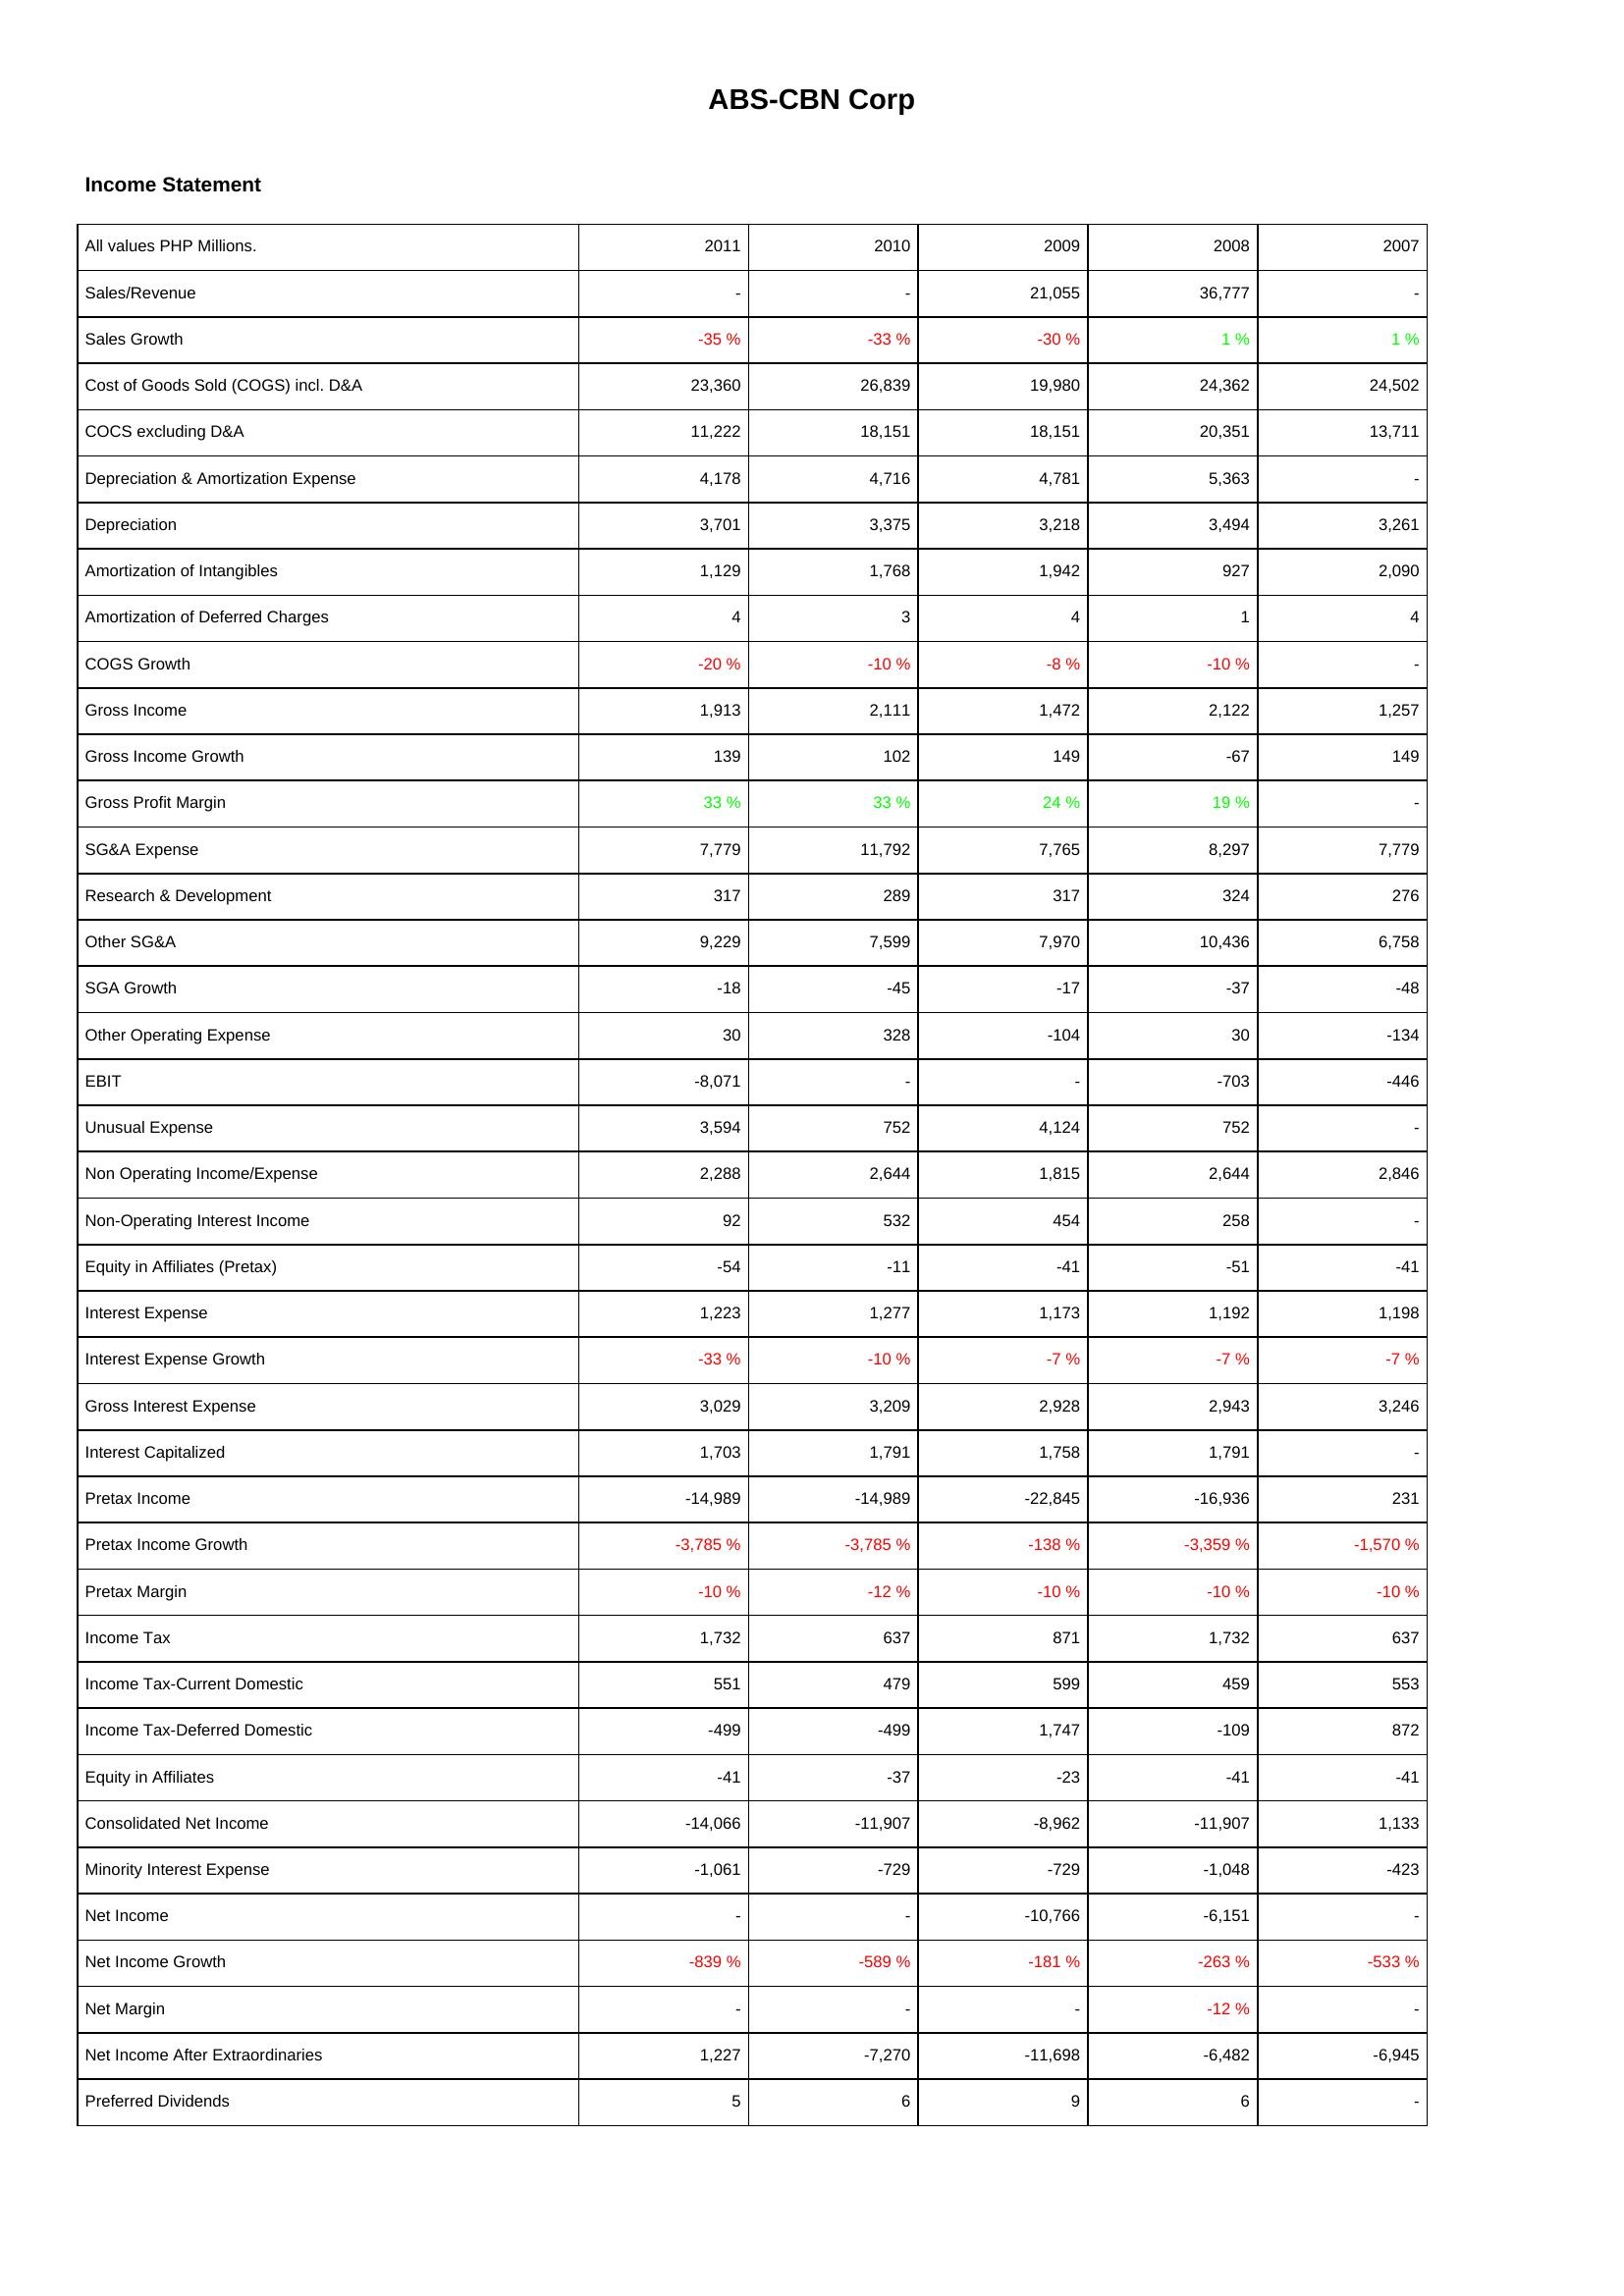
2011: Income Statement: Sales/Revenue: -
Sales Growth: -35 %
Cost of Goods Sold (COGS) incl. D&A: 23,360
COCS excluding D&A: 11,222
Depreciation & Amortization Expense: 4,178
Depreciation: 3,701
Amortization of Intangibles: 1,129
Amortization of Deferred Charges: 4
COGS Growth: -20 %
Gross Income: 1,913
Gross Income Growth: 139
Gross Profit Margin: 33 %
SG&A Expense: 7,779
Research & Development: 317
Other SG&A: 9,229
SGA Growth: -18
Other Operating Expense: 30
EBIT: -8,071
Unusual Expense: 3,594
Non Operating Income/Expense: 2,288
Non-Operating Interest Income: 92
Equity in Affiliates (Pretax): -54
Interest Expense: 1,223
Interest Expense Growth: -33 %
Gross Interest Expense: 3,029
Interest Capitalized: 1,703
Pretax Income: -14,989
Pretax Income Growth: -3,785 %
Pretax Margin: -10 %
Income Tax: 1,732
Income Tax-Current Domestic: 551
Income Tax-Deferred Domestic: -499
Equity in Affiliates: -41
Consolidated Net Income: -14,066
Minority Interest Expense: -1,061
Net Income: -
Net Income Growth: -839 %
Net Margin: -
Net Income After Extraordinaries: 1,227
Preferred Dividends: 5
2010: Income Statement: Sales/Revenue: -
Sales Growth: -33 %
Cost of Goods Sold (COGS) incl. D&A: 26,839
COCS excluding D&A: 18,151
Depreciation & Amortization Expense: 4,716
Depreciation: 3,375
Amortization of Intangibles: 1,768
Amortization of Deferred Charges: 3
COGS Growth: -10 %
Gross Income: 2,111
Gross Income Growth: 102
Gross Profit Margin: 33 %
SG&A Expense: 11,792
Research & Development: 289
Other SG&A: 7,599
SGA Growth: -45
Other Operating Expense: 328
EBIT: -
Unusual Expense: 752
Non Operating Income/Expense: 2,644
Non-Operating Interest Income: 532
Equity in Affiliates (Pretax): -11
Interest Expense: 1,277
Interest Expense Growth: -10 %
Gross Interest Expense: 3,209
Interest Capitalized: 1,791
Pretax Income: -14,989
Pretax Income Growth: -3,785 %
Pretax Margin: -12 %
Income Tax: 637
Income Tax-Current Domestic: 479
Income Tax-Deferred Domestic: -499
Equity in Affiliates: -37
Consolidated Net Income: -11,907
Minority Interest Expense: -729
Net Income: -
Net Income Growth: -589 %
Net Margin: -
Net Income After Extraordinaries: -7,270
Preferred Dividends: 6
2009: Income Statement: Sales/Revenue: 21,055
Sales Growth: -30 %
Cost of Goods Sold (COGS) incl. D&A: 19,980
COCS excluding D&A: 18,151
Depreciation & Amortization Expense: 4,781
Depreciation: 3,218
Amortization of Intangibles: 1,942
Amortization of Deferred Charges: 4
COGS Growth: -8 %
Gross Income: 1,472
Gross Income Growth: 149
Gross Profit Margin: 24 %
SG&A Expense: 7,765
Research & Development: 317
Other SG&A: 7,970
SGA Growth: -17
Other Operating Expense: -104
EBIT: -
Unusual Expense: 4,124
Non Operating Income/Expense: 1,815
Non-Operating Interest Income: 454
Equity in Affiliates (Pretax): -41
Interest Expense: 1,173
Interest Expense Growth: -7 %
Gross Interest Expense: 2,928
Interest Capitalized: 1,758
Pretax Income: -22,845
Pretax Income Growth: -138 %
Pretax Margin: -10 %
Income Tax: 871
Income Tax-Current Domestic: 599
Income Tax-Deferred Domestic: 1,747
Equity in Affiliates: -23
Consolidated Net Income: -8,962
Minority Interest Expense: -729
Net Income: -10,766
Net Income Growth: -181 %
Net Margin: -
Net Income After Extraordinaries: -11,698
Preferred Dividends: 9
2008: Income Statement: Sales/Revenue: 36,777
Sales Growth: 1 %
Cost of Goods Sold (COGS) incl. D&A: 24,362
COCS excluding D&A: 20,351
Depreciation & Amortization Expense: 5,363
Depreciation: 3,494
Amortization of Intangibles: 927
Amortization of Deferred Charges: 1
COGS Growth: -10 %
Gross Income: 2,122
Gross Income Growth: -67
Gross Profit Margin: 19 %
SG&A Expense: 8,297
Research & Development: 324
Other SG&A: 10,436
SGA Growth: -37
Other Operating Expense: 30
EBIT: -703
Unusual Expense: 752
Non Operating Income/Expense: 2,644
Non-Operating Interest Income: 258
Equity in Affiliates (Pretax): -51
Interest Expense: 1,192
Interest Expense Growth: -7 %
Gross Interest Expense: 2,943
Interest Capitalized: 1,791
Pretax Income: -16,936
Pretax Income Growth: -3,359 %
Pretax Margin: -10 %
Income Tax: 1,732
Income Tax-Current Domestic: 459
Income Tax-Deferred Domestic: -109
Equity in Affiliates: -41
Consolidated Net Income: -11,907
Minority Interest Expense: -1,048
Net Income: -6,151
Net Income Growth: -263 %
Net Margin: -12 %
Net Income After Extraordinaries: -6,482
Preferred Dividends: 6
2007: Income Statement: Sales/Revenue: -
Sales Growth: 1 %
Cost of Goods Sold (COGS) incl. D&A: 24,502
COCS excluding D&A: 13,711
Depreciation & Amortization Expense: -
Depreciation: 3,261
Amortization of Intangibles: 2,090
Amortization of Deferred Charges: 4
COGS Growth: -
Gross Income: 1,257
Gross Income Growth: 149
Gross Profit Margin: -
SG&A Expense: 7,779
Research & Development: 276
Other SG&A: 6,758
SGA Growth: -48
Other Operating Expense: -134
EBIT: -446
Unusual Expense: -
Non Operating Income/Expense: 2,846
Non-Operating Interest Income: -
Equity in Affiliates (Pretax): -41
Interest Expense: 1,198
Interest Expense Growth: -7 %
Gross Interest Expense: 3,246
Interest Capitalized: -
Pretax Income: 231
Pretax Income Growth: -1,570 %
Pretax Margin: -10 %
Income Tax: 637
Income Tax-Current Domestic: 553
Income Tax-Deferred Domestic: 872
Equity in Affiliates: -41
Consolidated Net Income: 1,133
Minority Interest Expense: -423
Net Income: -
Net Income Growth: -533 %
Net Margin: -
Net Income After Extraordinaries: -6,945
Preferred Dividends: -